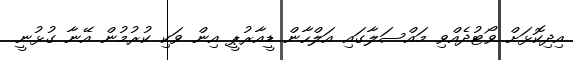
އިދިކޮޅަށް ވޯޓުދެއްވި މައްސަލާގައި އަލްހާން ޑީއާރުޕީ އިން ވަކި ކުރުމުން އޭނާ ގުޅުނީ